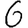
Digit: 6